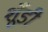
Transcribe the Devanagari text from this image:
शूँडी